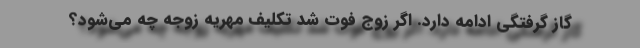
گاز گرفتگی ادامه دارد. اگر زوج فوت شد تکلیف مهریه زوجه چه می‌شود؟